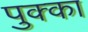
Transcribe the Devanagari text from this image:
पुक्का